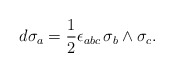
\begin{align*}d\sigma_a=\frac{1}{2}\epsilon_{abc}\,\sigma_b\wedge\sigma_c.\end{align*}